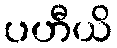
ပဟီယိ